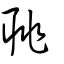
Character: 聎